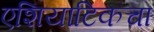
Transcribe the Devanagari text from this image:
एशियाटिकचा